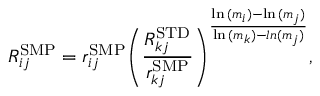
R _ { i j } ^ { \mathrm { { S M P } } } = r _ { i j } ^ { \mathrm { { S M P } } } { \left( \frac { R _ { k j } ^ { \mathrm { { S T D } } } } { r _ { k j } ^ { \mathrm { { S M P } } } } \right) } ^ { \frac { \ln { ( m _ { i } ) } - \ln { ( m _ { j } ) } } { \ln { ( m _ { k } ) } - l n { ( m _ { j } ) } } } ,